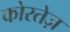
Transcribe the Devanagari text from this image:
कोरतेज़